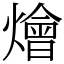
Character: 燴